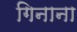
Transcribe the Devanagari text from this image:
गिनाना